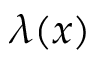
\lambda ( x )